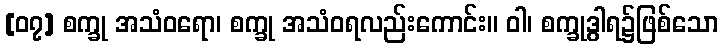
[၀၇] စက္ခု အသံဝရော၊ စက္ခု အသံဝရလည်းကောင်း။ ဝါ၊ စက္ခုဒွါရ၌ဖြစ်သော